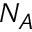
N _ { A }